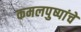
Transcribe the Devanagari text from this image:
कमलपुष्पांचे